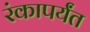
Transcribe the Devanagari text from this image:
रंकापर्यंत